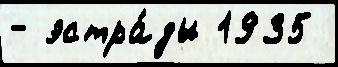
- эстра́ды 1935